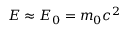
E \approx E _ { 0 } = m _ { 0 } c ^ { 2 }